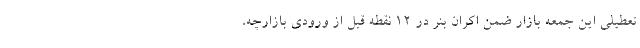
تعطیلی این جمعه بازار ضمن اکران بنر در ۱۲ نقطه قبل از ورودی بازارچه،